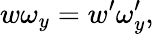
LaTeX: w\omega_{y}=w^{\prime}\omega_{y}^{\prime},